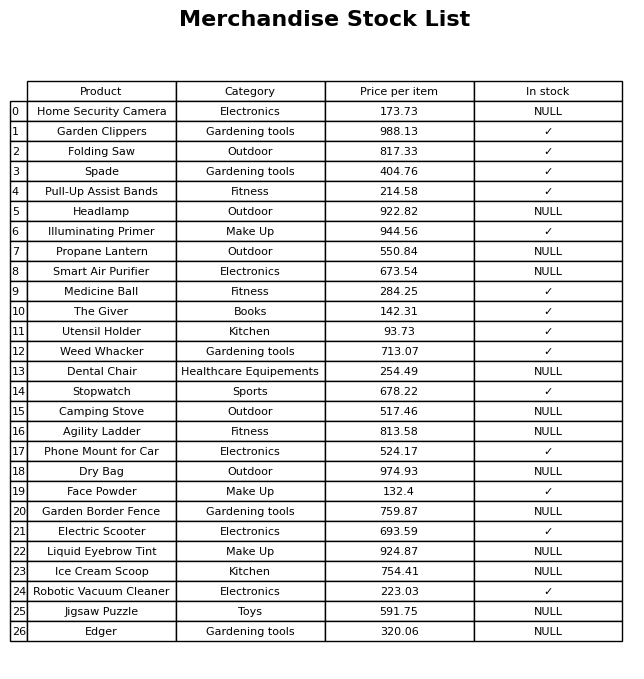
question: What is the stock status of the Stopwatch?
answer: ✓